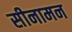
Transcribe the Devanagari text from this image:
सीनामन